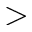
>